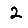
Digit: 2